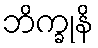
ဘိက္ခုနိ